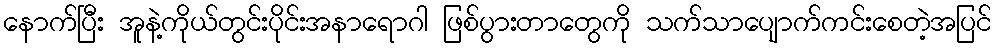
နောက်ပြီး အူနဲ့ကိုယ်တွင်းပိုင်းအနာရောဂါ ဖြစ်ပွားတာတွေကို သက်သာပျောက်ကင်းစေတဲ့အပြင်